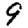
Digit: 9